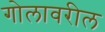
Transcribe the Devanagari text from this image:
गोलावरील